system: You are a helpful assistant.
user:
Analyze the provided spectrum to determine if it is a **Carbon Star (C-type)**.

- **Key Visual Indicators of Carbon Star:**
    - **(Primary):** Strong molecular absorption from **C₂ (diatomic carbon) "Swan Bands."** This is the **defining feature** of a carbon star.
        - **(Key Bandheads):** Sharp absorption edges are visible at approximately $5635$ Å, $5165$ Å (the strongest band), and $4737$ Å.
        - **(Line Profile):** Creates a distinct **"saw-tooth"** pattern. The key morphology is a sharp, steep bandhead on the **red (long-wavelength) side**, which then gradually tapers off (i.e., flux recovers) towards the **blue (short-wavelength) side**. *(This is the direct opposite of the TiO bands seen in M-type stars)*.

    - **(Secondary):** Intense **CN (cyanogen)** molecular absorption bands.
        - **(Key Bandheads):** Located in the blue and violet regions of the spectrum (e.g., near $4215$ Å and $3883$ Å).
        - **(Morphology):** These bands are extremely broad and act as a "blanket," absorbing the vast majority of blue and violet light. This creates a characteristic **"cliff"** or **"steep drop-off"** in the spectrum's flux at short wavelengths.

    - **(Key Confirmation):** Strong **CH absorption band (G-band)**.
        - **(Key Bandhead):** Located around $4300$ Å. The contribution from CH molecules to this band is exceptionally strong.

    - **(Overall Spectrum):**
        - The continuum is severely "chopped up" by these deep molecular bands, especially C₂, rather than appearing as a smooth curve.
        - Due to the heavy CN and C₂ absorption in the blue-green, the vast majority of the star's flux is concentrated in the red part of the spectrum, giving the star its characteristic deep red color.

Think first, call **spectral_visualization_tool** if needed to examine features in detail, then provide your final answer. Your response must adhere to the following strict rules:
1.  **Overall Structure:** Your response must follow the format `<think>...</think> <tool_call>...</tool_call> (if a tool is used) <answer>...</answer>`.
2.  **Tool Usage Constraint:** You may only make **one** tool call per turn.
3.  **Final Answer Format:** In the `<answer>` tag, your conclusion must be inside a `\boxed{}` command (e.g., `\boxed{YES}`), followed by your justification.

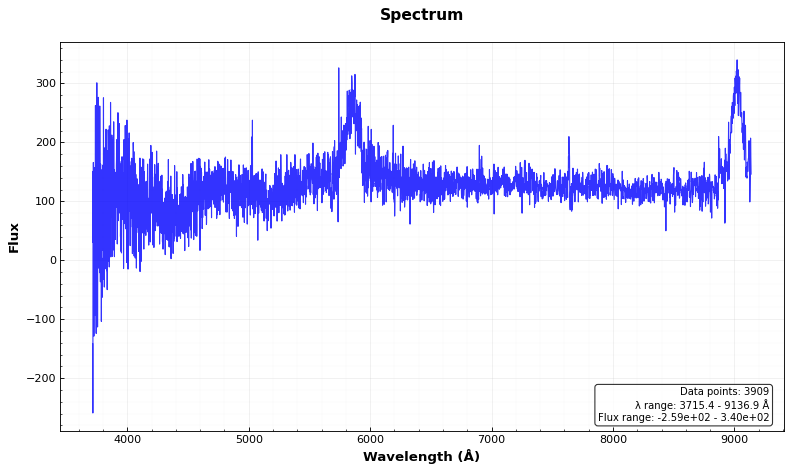
Answer: NO